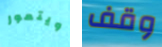
ويتمور وقف